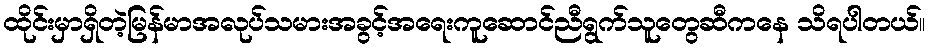
ထိုင်းမှာရှိတဲ့မြန်မာအလုပ်သမားအခွင့်အရေးကူဆောင်ညီရွက်သူတွေဆီကနေ သိရပါတယ်။